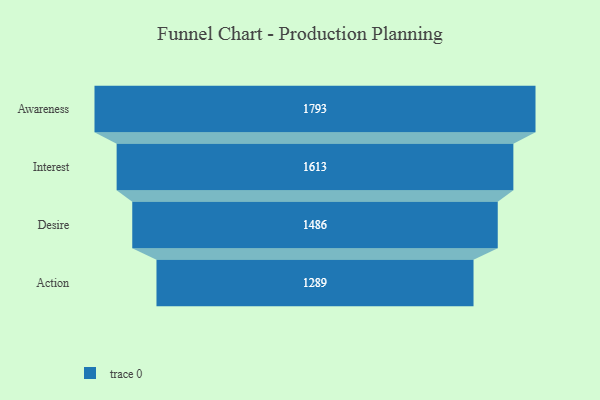
{"axis": {"x": "Stage", "y": "Value"}, "legend": [""], "data": [{"x": "Awareness", "y": 1793.0, "type": ""}, {"x": "Interest", "y": 1613.0, "type": ""}, {"x": "Desire", "y": 1486.0, "type": ""}, {"x": "Action", "y": 1289.0, "type": ""}]}